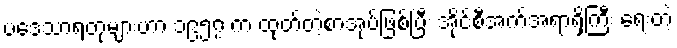
ပဒေသာရတုများဟာ ၁၉၅၇ က ထုတ်တဲ့စာအုပ်ဖြစ်ပြီး အိုင်စီအက်အရာရှိကြီး ရေးတဲ့